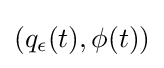
(q_{\epsilon }(t),\phi (t))